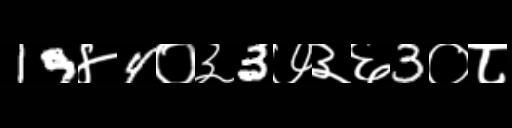
Text: 19४4०३3७३६3०८